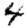
Digit: 4